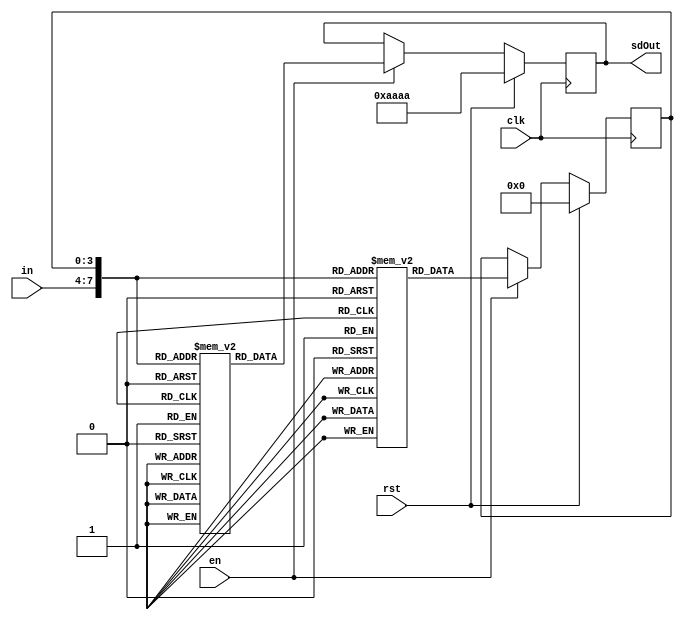
module SigmaDeltaFast #(
    parameter WIDTH = 4,
    parameter OUTLEN = (1 << WIDTH)
)
(
    input clk,                    ///< System clock
    input rst,                    ///< Reset, synchronous active high
    input en,                     ///< Enable to run the modulator
    input signed [WIDTH-1:0] in,  ///< Input to modulator
    output reg [OUTLEN-1:0] sdOut ///< Sigma delta stream, LSB=first sample, MSB=last sample
);

localparam DEPTH = 2**(2*WIDTH);

reg signed [WIDTH-1:0] feedback;

reg [WIDTH-1:0] fbLookup [DEPTH-1:0];
reg [OUTLEN-1:0] outLookup [DEPTH-1:0];

integer i;
integer j;
integer k;

reg [WIDTH-1:0] tempFb;
reg [WIDTH-1:0] tempIn;

initial begin
    feedback = 'd0;
    sdOut = 32'hAAAA_AAAA;
    // i = input
    // j = feedback
    // k = bit in sequence
    for (i=0; i<(2**WIDTH); i=i+1) begin
        for (j=0; j<(2**WIDTH); j=j+1) begin
            tempIn = i[WIDTH-1:0];
            tempFb = j[WIDTH-1:0];
            for (k=0; k<OUTLEN; k=k+1) begin
                {outLookup[{i[WIDTH-1:0],j[WIDTH-1:0]}][k], tempFb} = tempFb + {~tempIn[WIDTH-1], tempIn[WIDTH-2:0]};
            end
            fbLookup[{i[WIDTH-1:0],j[WIDTH-1:0]}] = tempFb;
        end
    end
end

always @(posedge clk) begin
    if (rst) begin
        feedback <= 'd0;
        sdOut <= 32'hAAAA_AAAA;
    end
    else if (en) begin
        sdOut <= outLookup[{in, feedback}];
        feedback <= fbLookup[{in,feedback}];
    end
end

endmodule